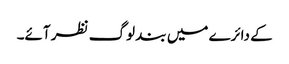
کے دائرے میں بند لوگ نظر آئے۔